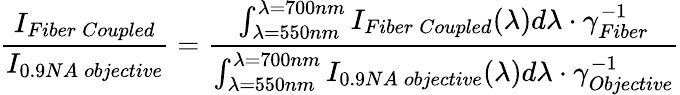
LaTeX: \frac{I_{Fiber\: Coupled}}{I_{0.9NA\: objective}}=\frac{\int_{\lambda=550nm}^{\lambda=700nm}I_{Fiber\: Coupled}(\lambda)d\lambda\cdot\gamma_{Fiber}^{-1}}{\int_{\lambda=550nm}^{\lambda=700nm}I_{0.9NA\: objective}(\lambda)d\lambda\cdot\gamma_{Objective}^{-1}}